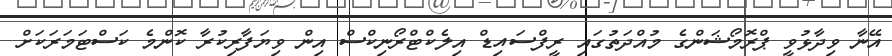
އޭނާ ވިދާޅުވީ ޕްރޮމޯޝަންގެ މުއްދަތުގައި ރީފްސައިޑް އިލެކްޓްރޯނިކްސް އިން ވިޔަފާރިކުރާ ކޮންމެ ކަސްޓަމަރަކަށް